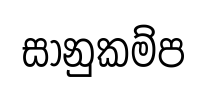
සානුකම්ප